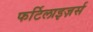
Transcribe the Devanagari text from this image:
फर्टिलाइज़र्स